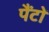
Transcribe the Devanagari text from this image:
पैंटों